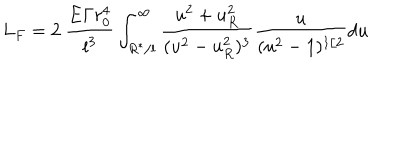
L _ { F } = 2 \ \frac { { \bf E } \Gamma r _ { 0 } ^ { 4 } } { { \bf l } ^ { 3 } } \int _ { R ^ { * } / { \bf l } } ^ { \infty } \frac { u ^ { 2 } + u _ { R } ^ { 2 } } { ( u ^ { 2 } - u _ { R } ^ { 2 } ) ^ { 3 } } \frac { u } { ( u ^ { 2 } - 1 ) ^ { 1 / 2 } } d u